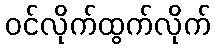
ဝင်လိုက်ထွက်လိုက်